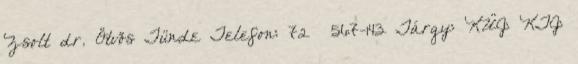
Zsolt dr. Ötvös Tünde Telefon: 72 567-143 Tárgy: KÜJ: KTJ: